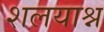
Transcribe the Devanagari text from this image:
शलयाश्न